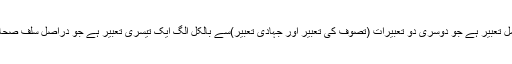
یہ تصور دین کی ایک مکمل تعبیر ہے جو دوسری دو تعبیرات (تصوف کی تعبیر اور جہادی تعبیر)سے بالکل الگ ایک تیسری تعبیر ہے جو دراصل سلف صحابہ کی نمائندگی کرتی ہے۔